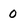
Character: 0